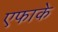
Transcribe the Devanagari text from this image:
एफाके